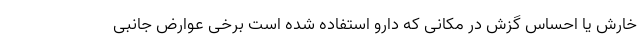
خارش یا احساس گزش در مکانی که دارو استفاده شده است برخی عوارض جانبی